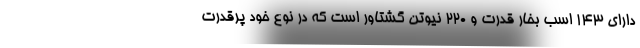
دارای ۱۴۳ اسب بخار قدرت و ۲۲۰ نیوتن گشتاور است که در نوع خود پرقدرت